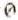
0